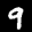
Digit: 9